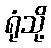
ရုံသို့